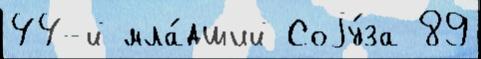
44-й мла́дший Соjу́за 89